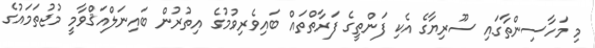
މި މަހާސިންތާގައި ސޫރިޔާގެ އެކި ފަންތީގެ ފަރާތްތައް ބައިވެރިވުމުގެ އިތުރުން ބައިނަލްއަޤްވާމީ މުޖުތަމައުގެ